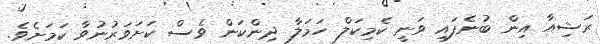
ރަޝިއާ އިން ބުނެފައިި ވަނީ ކެމިކަލް ހަމަލާ ދިންކަން ވެސް ކަށަވަރުނުވާ ކަމަށެވެ.